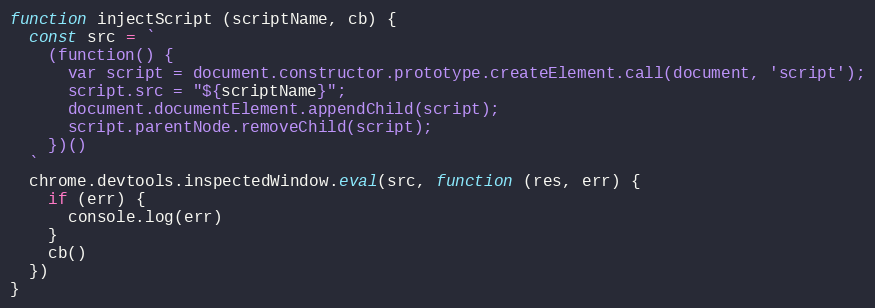
Language: JavaScript
function injectScript (scriptName, cb) {
  const src = `
    (function() {
      var script = document.constructor.prototype.createElement.call(document, 'script');
      script.src = "${scriptName}";
      document.documentElement.appendChild(script);
      script.parentNode.removeChild(script);
    })()
  `
  chrome.devtools.inspectedWindow.eval(src, function (res, err) {
    if (err) {
      console.log(err)
    }
    cb()
  })
}